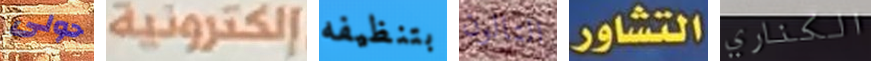
حولى إلكترونية بتنظيفه التالون التشاور الكناري